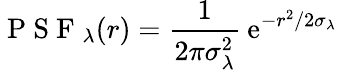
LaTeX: \mathrm{~P~S~F~}_{\lambda}(r)=\frac{1}{2\pi\sigma_{\lambda}^{2}}\: \mathrm{e}^{-r^{2}/2\sigma_{\lambda}}